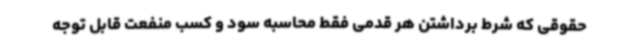
حقوقی که شرط برداشتن هر قدمی فقط محاسبه سود و کسب منفعت قابل توجه